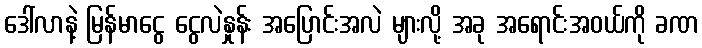
ဒေါ်လာနဲ့ မြန်မာငွေ ငွေလဲနှုန်း အပြောင်းအလဲ များလို့ အခု အရောင်းအဝယ်ကို ခဏ